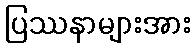
ပြဿနာများအား